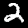
Digit: 2